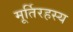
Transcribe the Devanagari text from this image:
मूर्तिरहस्य